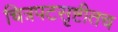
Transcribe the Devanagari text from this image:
चित्रपटसृष्टीतच